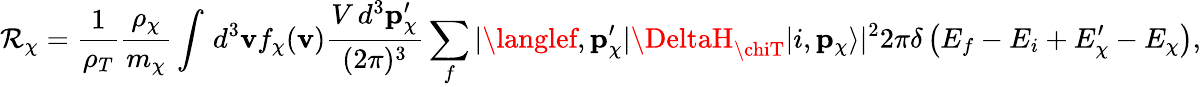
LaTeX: \mathcal{R}_{\chi}=\frac{{1}}{{\rho_{T}}}\frac{{\rho_{\chi}}}{{m_{\chi}}}\int\, d^{3}\mathbf{{v}}f_{\chi}(\mathbf{{v}})\frac{{V\, d^{3}\mathbf{{p}}_{\chi}^{\prime}}}{{(2\pi)^{3}}}\sum_{f}|\langlef,\mathbf{{p}}_{\chi}^{\prime}|\DeltaH_{\chiT}|i,\mathbf{{p}}_{\chi}\rangle|^{2}2\pi\delta\left(E_{f}-E_{i}+E_{\chi}^{\prime}-E_{\chi}\right),